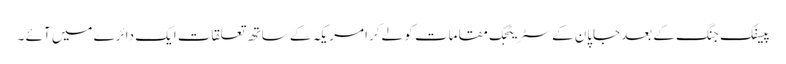
پیسفک جنگ کے بعدجاپان کے سٹریٹجک مقامات کو لے کرامریکہ کے ساتھ تعلقات ایک دائرے میں آئے ۔